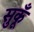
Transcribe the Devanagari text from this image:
सुकूँ